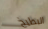
البطيخ